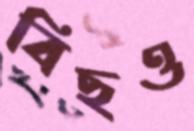
বিছও